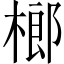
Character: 榔